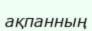
ақпанның